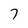
Character: 7